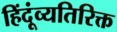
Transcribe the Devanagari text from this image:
हिंदूंव्यतिरिक्त